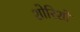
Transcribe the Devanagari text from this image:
शोरिशों